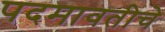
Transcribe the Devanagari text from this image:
पदमावतीचे